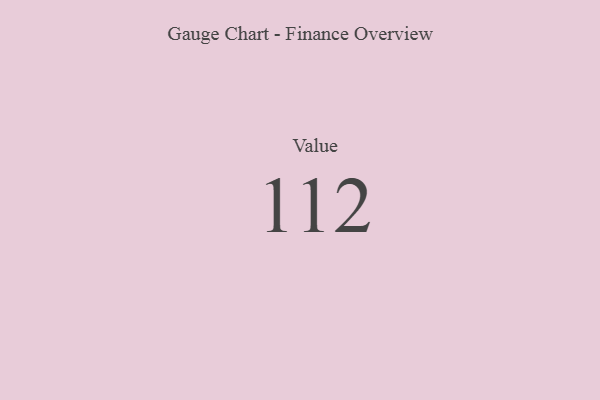
{"axis": {"x": "Metric", "y": "Value"}, "legend": [""], "data": [{"x": "Value", "y": 112, "type": ""}]}